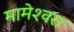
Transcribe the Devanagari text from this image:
मामेश्‍वरा